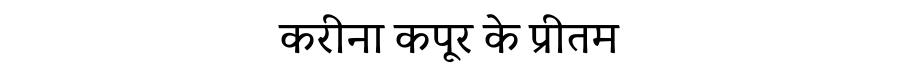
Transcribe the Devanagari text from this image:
करीना कपूर के प्रीतम